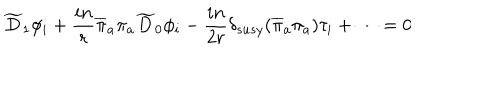
LaTeX: \widetilde { D } _ { 1 } \phi _ { i } + { \frac { i n } { r } } \overline { { { \pi } } } _ { a } \pi _ { a } \widetilde { D } _ { 0 } \phi _ { i } - { \frac { i n } { 2 r } } \delta _ { s u s y } ( \overline { { { \pi } } } _ { a } \pi _ { a } ) \tau _ { i } + \cdots = 0